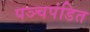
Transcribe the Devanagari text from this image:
पञ्चपंडित